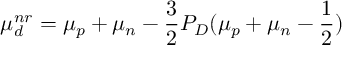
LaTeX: \mu _ { d } ^ { n r } = \mu _ { p } + \mu _ { n } - \frac { 3 } { 2 } P _ { D } ( \mu _ { p } + \mu _ { n } - \frac { 1 } { 2 } )